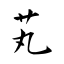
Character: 芄